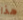
هذا